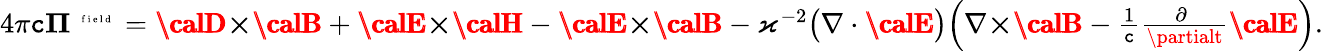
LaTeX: \textstyle4\pi\mathtt{c}\boldsymbol{\Pi}^{\mathrm{{~\tiny~{~f~i~e~l~d~}~}}}=\pmb{{\calD}}{\boldsymbol\times}\pmb{{\calB}}+\pmb{{\calE}}{\boldsymbol\times}\pmb{{\calH}}-\pmb{{\calE}}{\boldsymbol\times}\pmb{{\calB}}-\varkappa^{-2}\big(\nabla\cdot\pmb{{\calE}}\big)\Big(\nabla{\boldsymbol\times}\pmb{{\calB}}-\frac{{1}}{{\mathtt{c}}}\frac{{\partial\phantom{t}}}{{\partialt}}\pmb{{\calE}}\Big).